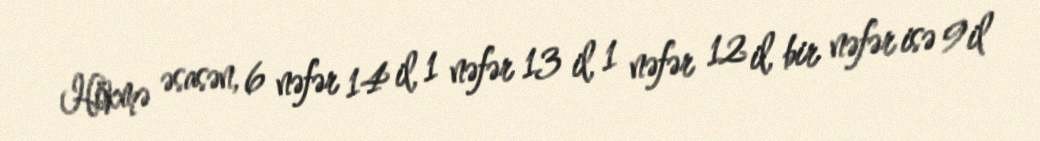
Hökmə əsasən, 6 nəfər 14 il, 1 nəfər 13 il, 1 nəfər 12 il, bir nəfər isə 9 il